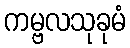
ကမ္ဗလသုခုမံ